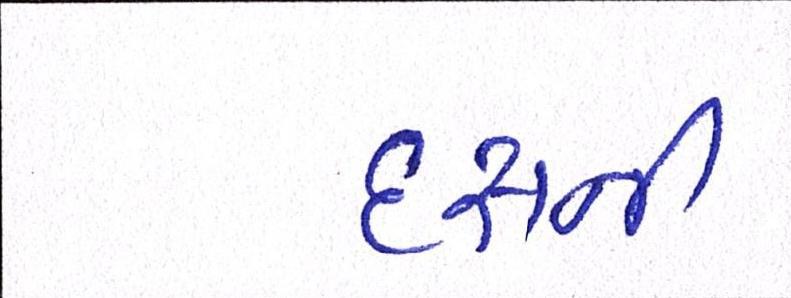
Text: દસની